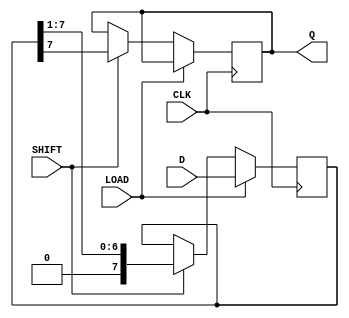
module Dynamic_PISO_Register #(
    parameter N = 8 // Number of bits in the register
)(
    input wire [N-1:0] D,     // Parallel data input
    input wire LOAD,          // Load control signal
    input wire SHIFT,         // Shift control signal
    input wire CLK,           // Clock signal
    output reg Q              // Serial output
);

    reg [N-1:0] shift_reg;    // Shift register to hold data

    always @(posedge CLK) begin
        if (LOAD) begin
            // Load data into the shift register
            shift_reg <= D;
        end else if (SHIFT) begin
            // Shift data out
            Q <= shift_reg[N-1]; // Output the MSB
            shift_reg <= {1'b0, shift_reg[N-1:1]}; // Shift right
        end
    end

endmodule